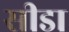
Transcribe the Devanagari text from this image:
सीडा